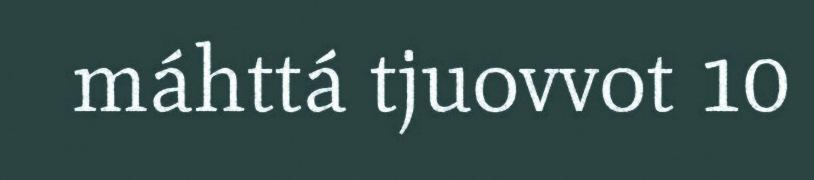
máhttá tjuovvot 10